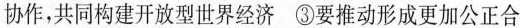
协作，共同构建开放型世界经济 ③要推动形成更加公正合